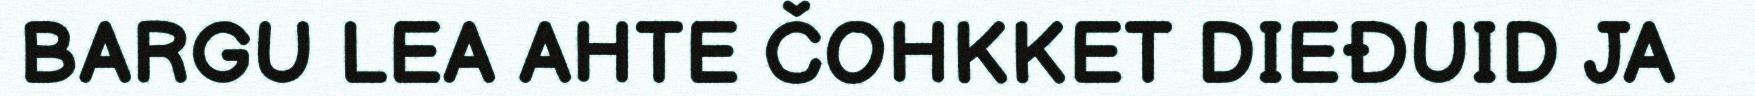
BARGU LEA AHTE ČOHKKET DIEĐUID JA